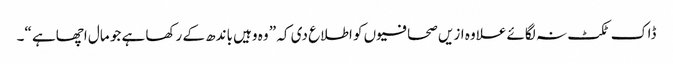
ڈاک ٹکٹ نہ لگائے علاوہ ازیں صحافیوں کو اطلاع دی کہ ” وہ وہیں باندھ کے رکھا ہے جو مال اچھاہے “۔